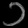
Digit: ၁